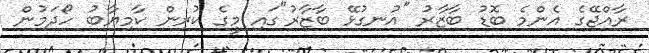
ރާއްޖޭގެ އެންމެ ބޮޑު ބާޒާރު "އުނގުޅޭ ބާޒާރު"ގައި މީގެ ކުރިން ކާމިޔާބު ހޯދަމުން